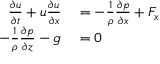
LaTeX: \begin{array} { r l } { { \frac { \partial u } { \partial t } } + u { \frac { \partial u } { \partial x } } } & { { } = - { \frac { 1 } { \rho } } { \frac { \partial p } { \partial x } } + F _ { x } } \\ { - { \frac { 1 } { \rho } } { \frac { \partial p } { \partial z } } - g } & { { } = 0 } \end{array}